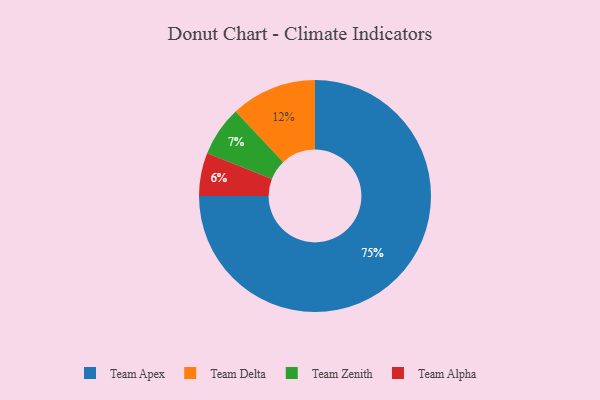
{"axis": {"x": "Category", "y": "Percentage"}, "legend": ["Team Alpha", "Team Apex", "Team Delta", "Team Zenith"], "data": [{"x": "Team Delta", "y": 12, "type": "Team Delta"}, {"x": "Team Alpha", "y": 6, "type": "Team Alpha"}, {"x": "Team Apex", "y": 75, "type": "Team Apex"}, {"x": "Team Zenith", "y": 7, "type": "Team Zenith"}]}